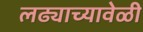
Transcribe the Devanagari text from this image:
लढ्याच्यावेळी